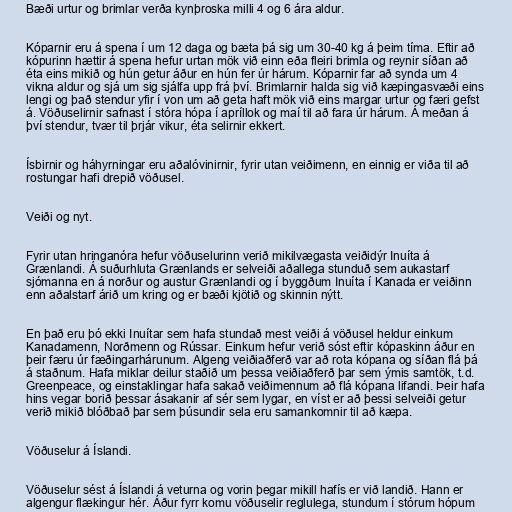
Bæði urtur og brimlar verða kynþroska milli 4 og 6 ára aldur.

Kóparnir eru á spena í um 12 daga og bæta þá sig um 30-40 kg á þeim tíma. Eftir að
kópurinn hættir á spena hefur urtan mök við einn eða fleiri brimla og reynir síðan að
éta eins mikið og hún getur áður en hún fer úr hárum. Kóparnir far að synda um 4
vikna aldur og sjá um sig sjálfa upp frá því. Brimlarnir halda sig við kæpingasvæði eins
lengi og það stendur yfir í von um að geta haft mök við eins margar urtur og færi gefst
á. Vöðuselirnir safnast í stóra hópa í apríllok og maí til að fara úr hárum. Á meðan á
því stendur, tvær til þrjár vikur, éta selirnir ekkert.

Ísbirnir og háhyrningar eru aðalóvinirnir, fyrir utan veiðimenn, en einnig er viða til að
rostungar hafi drepið vöðusel.

Veiði og nyt.

Fyrir utan hringanóra hefur vöðuselurinn verið mikilvægasta veiðidýr Inuíta á
Grænlandi. Á suðurhluta Grænlands er selveiði aðallega stunduð sem aukastarf
sjómanna en á norður og austur Grænlandi og í byggðum Inuíta í Kanada er veiðinn
enn aðalstarf árið um kring og er bæði kjötið og skinnin nýtt.

En það eru þó ekki Inuítar sem hafa stundað mest veiði á vöðusel heldur einkum
Kanadamenn, Norðmenn og Rússar. Einkum hefur verið sóst eftir kópaskinn áður en
þeir færu úr fæðingarhárunum. Algeng veiðiaðferð var að rota kópana og síðan flá þá
á staðnum. Hafa miklar deilur staðið um þessa veiðiaðferð þar sem ýmis samtök, t.d.
Greenpeace, og einstaklingar hafa sakað veiðimennum að flá kópana lifandi. Þeir hafa
hins vegar borið þessar ásakanir af sér sem lygar, en víst er að þessi selveiði getur
verið mikið blóðbað þar sem þúsundir sela eru samankomnir til að kæpa.

Vöðuselur á Íslandi.

Vöðuselur sést á Íslandi á veturna og vorin þegar mikill hafís er við landið. Hann er
algengur flækingur hér. Áður fyrr komu vöðuselir reglulega, stundum í stórum hópum